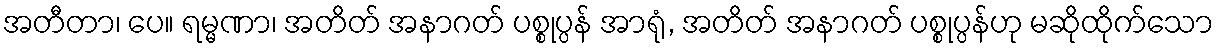
အတီတာ၊ ပေ။ ရမ္မဏာ၊ အတိတ် အနာဂတ် ပစ္စုပ္ပန် အာရုံ, အတိတ် အနာဂတ် ပစ္စုပ္ပန်ဟု မဆိုထိုက်သော